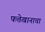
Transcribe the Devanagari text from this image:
फत्तेखानाचा